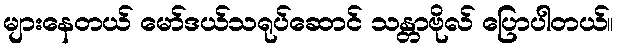
များနေတယ် မော်ဒယ်သရုပ်ဆောင် သန္တာဗိုလ် ပြောပါတယ်။